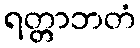
ရတ္တာဘတံ